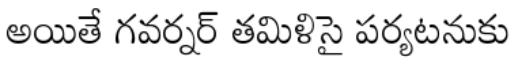
అయితే గవర్నర్ తమిళిసై పర్యటనుకు